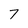
Character: 7